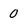
Character: 0